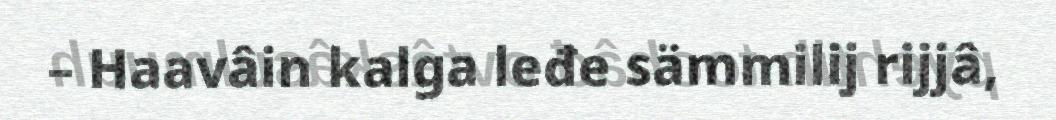
– Haavâin kalga leđe sämmilij rijjâ,